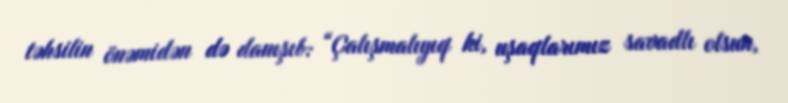
təhsilin önəmidən də danışıb: “Çalışmalıyıq ki, uşaqlarımız savadlı olsun,